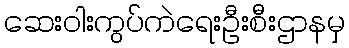
ဆေးဝါးကွပ်ကဲရေးဦးစီးဌာနမှ